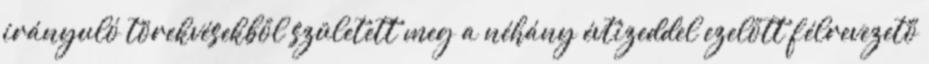
irányuló törekvésekből született meg a néhány évtizeddel ezelőtt félrevezető